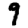
Digit: 9